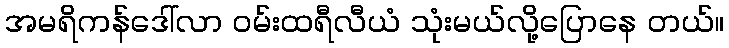
အမရိကန်ဒေါ်လာ ဝမ်းထရီလီယံ သုံးမယ်လို့ပြောနေ တယ်။